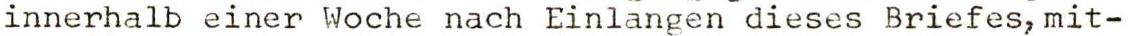
innerhalb einer Woche nach Einlangen dieses Briefes,mit-